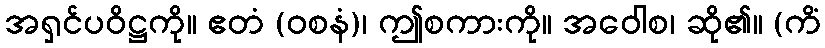
အရှင်ပဝိဋ္ဌကို။ ဧတံ (ဝစနံ)၊ ဤစကားကို။ အဝေါစ၊ ဆို၏။ (ကိံ